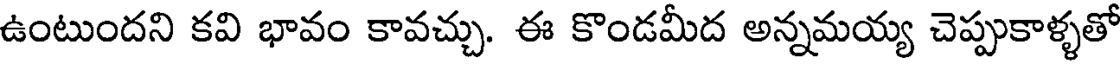
ఉంటుందని కవి భావం కావచ్చు. ఈ కొండమీద అన్నమయ్య చెప్పుకాళ్ళతో